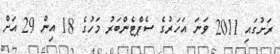
ރަށުގައި 2011 ވަނަ އަހަރުގެ ސެޕްޓެންބަރު މަހުގެ 18 އިން 29 އަށް